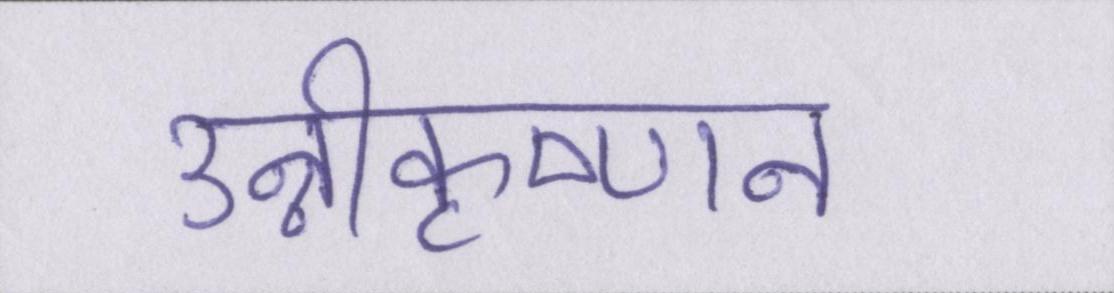
उन्नीकृष्णन